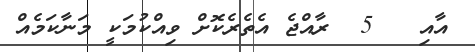
އާއި   5  ރާއްޖެ އެތެރެކޮށް ވިއްކުމަކީ މަނާކަމެއް